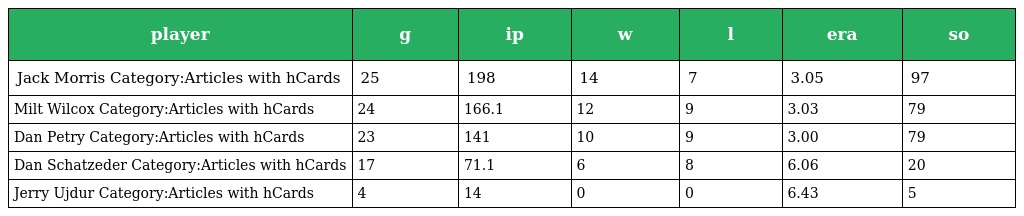
| player | g | ip | w | l | era | so |
 | --- | --- | --- | --- | --- | --- | --- |
 | Jack Morris Category:Articles with hCards | 25 | 198 | 14 | 7 | 3.05 | 97 |
 | Milt Wilcox Category:Articles with hCards | 24 | 166.1 | 12 | 9 | 3.03 | 79 |
 | Dan Petry Category:Articles with hCards | 23 | 141 | 10 | 9 | 3.00 | 79 |
 | Dan Schatzeder Category:Articles with hCards | 17 | 71.1 | 6 | 8 | 6.06 | 20 |
 | Jerry Ujdur Category:Articles with hCards | 4 | 14 | 0 | 0 | 6.43 | 5 |